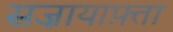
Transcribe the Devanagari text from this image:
सज़ायाफ़्ता